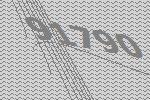
91790